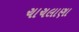
ચાચલાણા